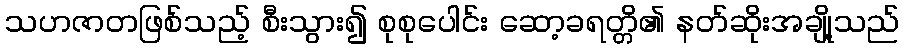
သဟဇာတဖြစ်သည့် စီးသွား၍ စုစုပေါင်း ဆော့ခရတ္တိ၏ နတ်ဆိုးအချို့သည်